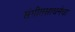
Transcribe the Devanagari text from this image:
संगीतसाधनेचा